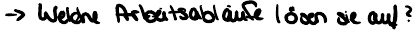
-> Welche Arbeitsabläufe lösen sie auf?